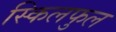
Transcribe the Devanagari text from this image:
स्किलफुल